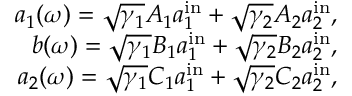
\begin{array} { r } { a _ { 1 } ( \omega ) = \sqrt { \gamma _ { 1 } } A _ { 1 } a _ { 1 } ^ { \mathrm { i n } } + \sqrt { \gamma _ { 2 } } A _ { 2 } a _ { 2 } ^ { \mathrm { i n } } , } \\ { b ( \omega ) = \sqrt { \gamma _ { 1 } } B _ { 1 } a _ { 1 } ^ { \mathrm { i n } } + \sqrt { \gamma _ { 2 } } B _ { 2 } a _ { 2 } ^ { \mathrm { i n } } , } \\ { a _ { 2 } ( \omega ) = \sqrt { \gamma _ { 1 } } C _ { 1 } a _ { 1 } ^ { \mathrm { i n } } + \sqrt { \gamma _ { 2 } } C _ { 2 } a _ { 2 } ^ { \mathrm { i n } } , } \end{array}